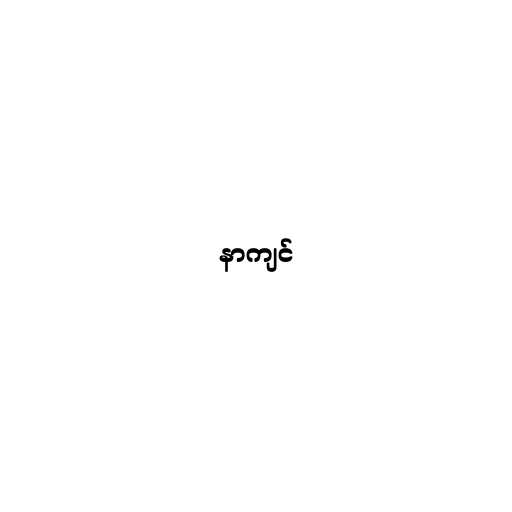
နာကျင်